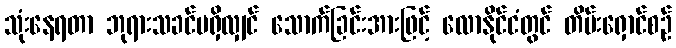
သုံးနေရတာ ဘုရားသခင်မရှိလျှင် သောက်ခြင်းအားဖြင့် လောနိုင်ငံတွင် တိမ်းရှောင်စဉ်